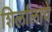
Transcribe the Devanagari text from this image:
शिर्लालाचे